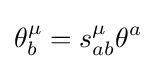
\theta _{b}^{\mu }=s_{ab}^{\mu }\theta ^{a}